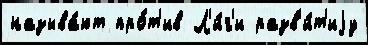
называ́ют про́т'ив Л'и́г'и разв'и́т'иjу